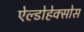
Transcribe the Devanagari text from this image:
ऐल्डोहेक्सोस